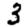
Digit: 3